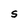
Character: S